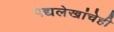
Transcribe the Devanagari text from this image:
पद्यलेखांचेही